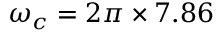
\omega _ { c } = 2 \pi \times 7 . 8 6